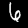
Label: 6